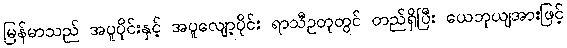
မြန်မာသည် အပူပိုင်းနှင့် အပူလျော့ပိုင်း ရာသီဥတုတွင် တည်ရှိပြီး ယေဘုယျအားဖြင့်